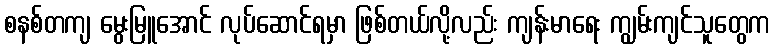
စနစ်တကျ မွေးမြူအောင် လုပ်ဆောင်ရမှာ ဖြစ်တယ်လို့လည်း ကျန်းမာရေး ကျွမ်းကျင်သူတွေက